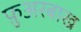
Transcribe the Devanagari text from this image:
फ़ुअरबाख